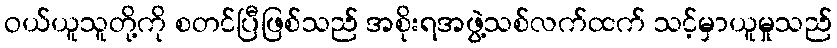
ဝယ်ယူသူတို့ကို စတင်ပြီဖြစ်သည် အစိုးရအဖွဲ့သစ်လက်ထက် သင့်မှာယူမှုသည်